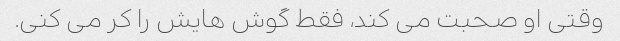
وقتی او صحبت می کند، فقط گوش هایش را کر می کنی.